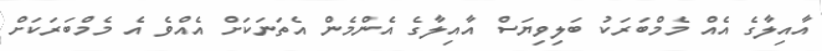
އާއިލާގެ އެއް މެމްބަރަކު ބަލިވިޔަސް އާއިލާގެ އެންމެން އެތަނަކަށް އެއްވެ އެ މެމްބަރަކަށް